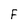
Character: F